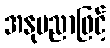
အနုပညာဖြင့်